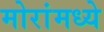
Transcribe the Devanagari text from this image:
मोरांमध्ये